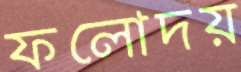
ফলোদয়